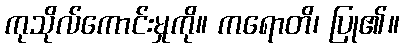
ကုသိုလ်ကောင်းမှုကို။ ကရောတိ၊ ပြု၏။